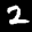
Label: 2